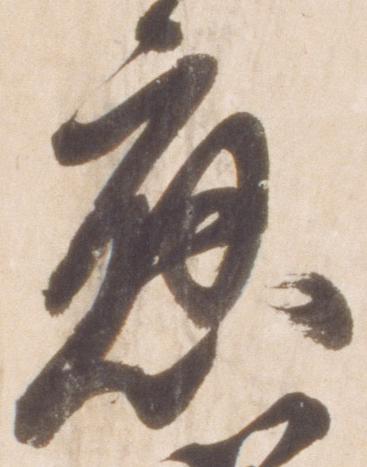
応